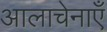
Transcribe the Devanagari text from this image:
आलाचेनाएँ